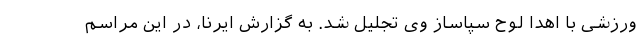
ورزشی با اهدا لوح سپاساز وی تجلیل شد. به گزارش ایرنا، در این مراسم